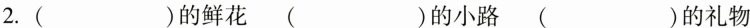
2.( )的鲜花 ( )的小路 ( )的礼物